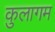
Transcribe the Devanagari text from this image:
कुलागम